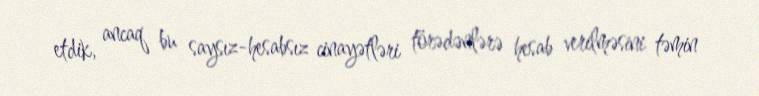
etdik, ancaq bu saysız-hesabsız cinayətləri törədənlərə hesab verilməsini təmin